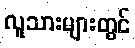
လူသားများတွင်